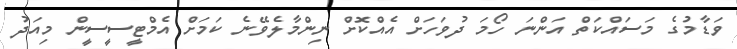
ވަޑާމުގެ މަސައްކަތް އަންނަ ހޯމަ ދުވަހަށް އެއްކޮށް ނިންމާލެވޭނެ ކަމަށް އެމްޓީސީސީން މިއަދު